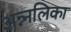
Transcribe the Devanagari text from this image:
अन्न्नलिका